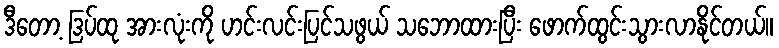
ဒီတော့ ဒြပ်ထု အားလုံးကို ဟင်းလင်းပြင်သဖွယ် သဘောထားပြီး ဖောက်ထွင်းသွားလာနိုင်တယ်။